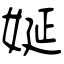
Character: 娫